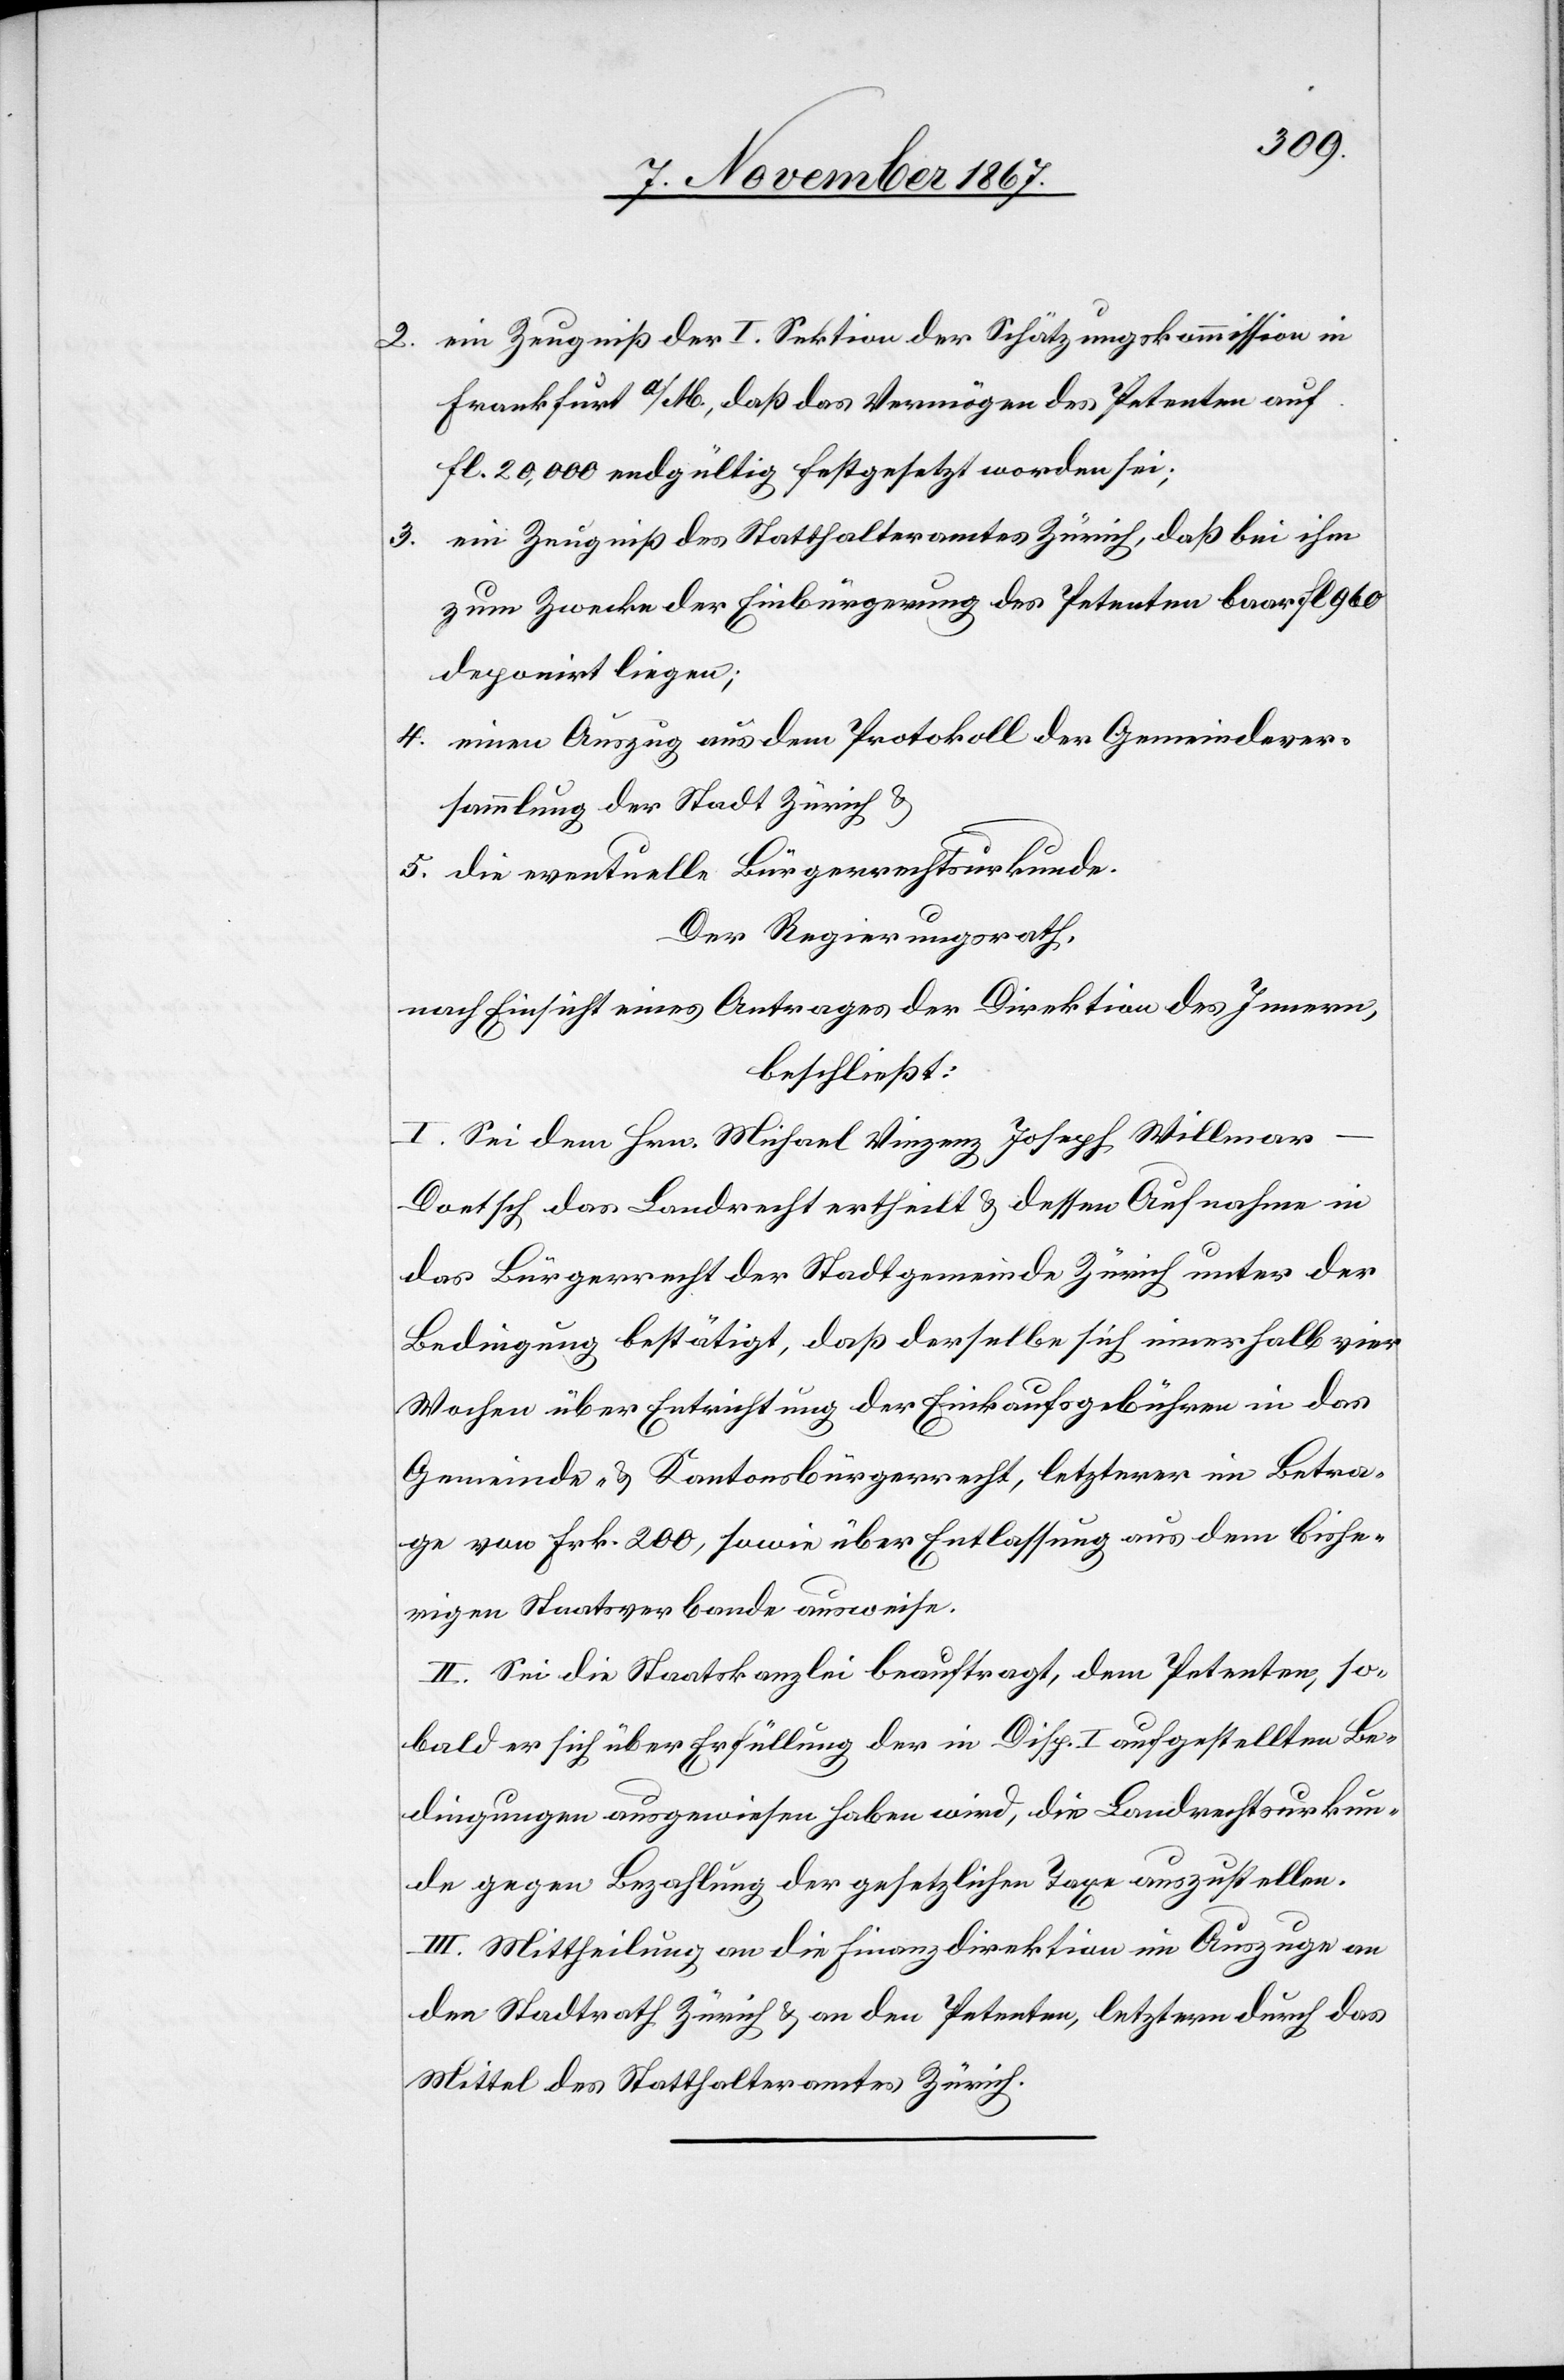
2. ein Zeugniß der I. Sektion der Schätzungskommission in
Frankfurt a/M., daß das Vermögen des Petenten auf
Fl. 20 000 endgültig festgesetzt worden sei;
3. ein Zeugniß des Statthalteramtes Zürich, daß bei ihm
zum Zwecke der Einbürgerung des Petenten baar Fl. 960
deponirt liegen;
4. einen Auszug aus dem Protokoll der Gemeindever¬
sammlung der Stadt Zürich u.
5. die eventuelle Bürgerrechtsurkunde.
Der Regierungsrath,
nach Einsicht eines Antrages der Direktion des Innern,
beschließt:
I. Sei dem Hrn. Michael Vinzenz Joseph Willmar-D¬
ortsch das Landrecht ertheilt u. dessen Aufnahme in
das Bürgerrecht der Stadtgemeinde Zürich unter der
Bedingung bestätigt, daß derselbe sich innerhalb vier
Wochen über Entrichtung der Einkaufsgebühren in das
Gemeinde- u. Kantonsbürgerrecht, letzterer im Betra¬
ge von Frk. 200, sowie über Entlassung aus dem bishe¬
rigen Staatsverbande ausweise.
II. Sei die Staatskanzlei beauftragt, dem Petenten, so¬
bald er sich über Erfüllung der in Disp. I aufgestellten Be¬
dingungen ausgewiesen haben wird, die Landrechtsurkun¬
de gegen Bezahlung der gesetzlichen Taxe auszustellen.
III. Mittheilung an die Finanzdirektion im Auszuge[,] an
den Stadtrath Zürich u. an den Petenten, letztern durch das
Mittel des Statthalteramtes Zürich.